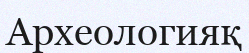
Археологияқ